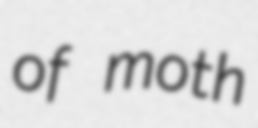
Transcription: of moth